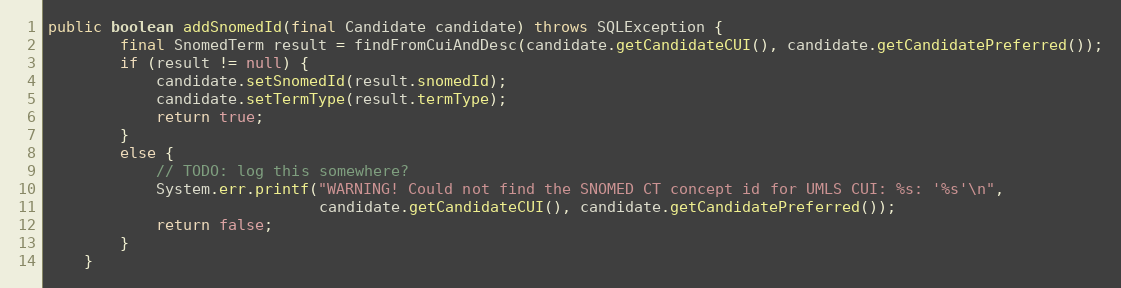
Language: Java
public boolean addSnomedId(final Candidate candidate) throws SQLException {
        final SnomedTerm result = findFromCuiAndDesc(candidate.getCandidateCUI(), candidate.getCandidatePreferred());
        if (result != null) {
            candidate.setSnomedId(result.snomedId);
            candidate.setTermType(result.termType);
            return true;
        }
        else {
            // TODO: log this somewhere?
            System.err.printf("WARNING! Could not find the SNOMED CT concept id for UMLS CUI: %s: '%s'\n",
                              candidate.getCandidateCUI(), candidate.getCandidatePreferred());
            return false;
        }
    }